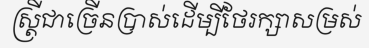
ស្ត្រីជាច្រើនប្រាស់ដើម្បីថែរក្សាសម្រស់